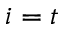
i = t